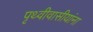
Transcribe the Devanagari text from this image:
पृथ्वीवासीयांना